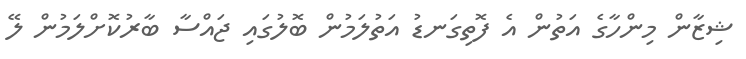
ޝިޒާން މިންހާގެ އަތުން އެ ފޮތިގަނޑު އަތުލަމުން ބޮލުގައި ޖައްސާ ބާރުކޮށްލަމުން ލޭ